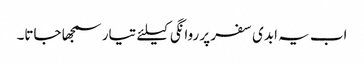
اب یہ ابدی سفر پر روانگی کیلئے تیار سمجھا جاتا۔